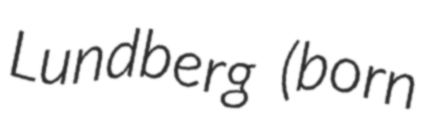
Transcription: Lundberg (born